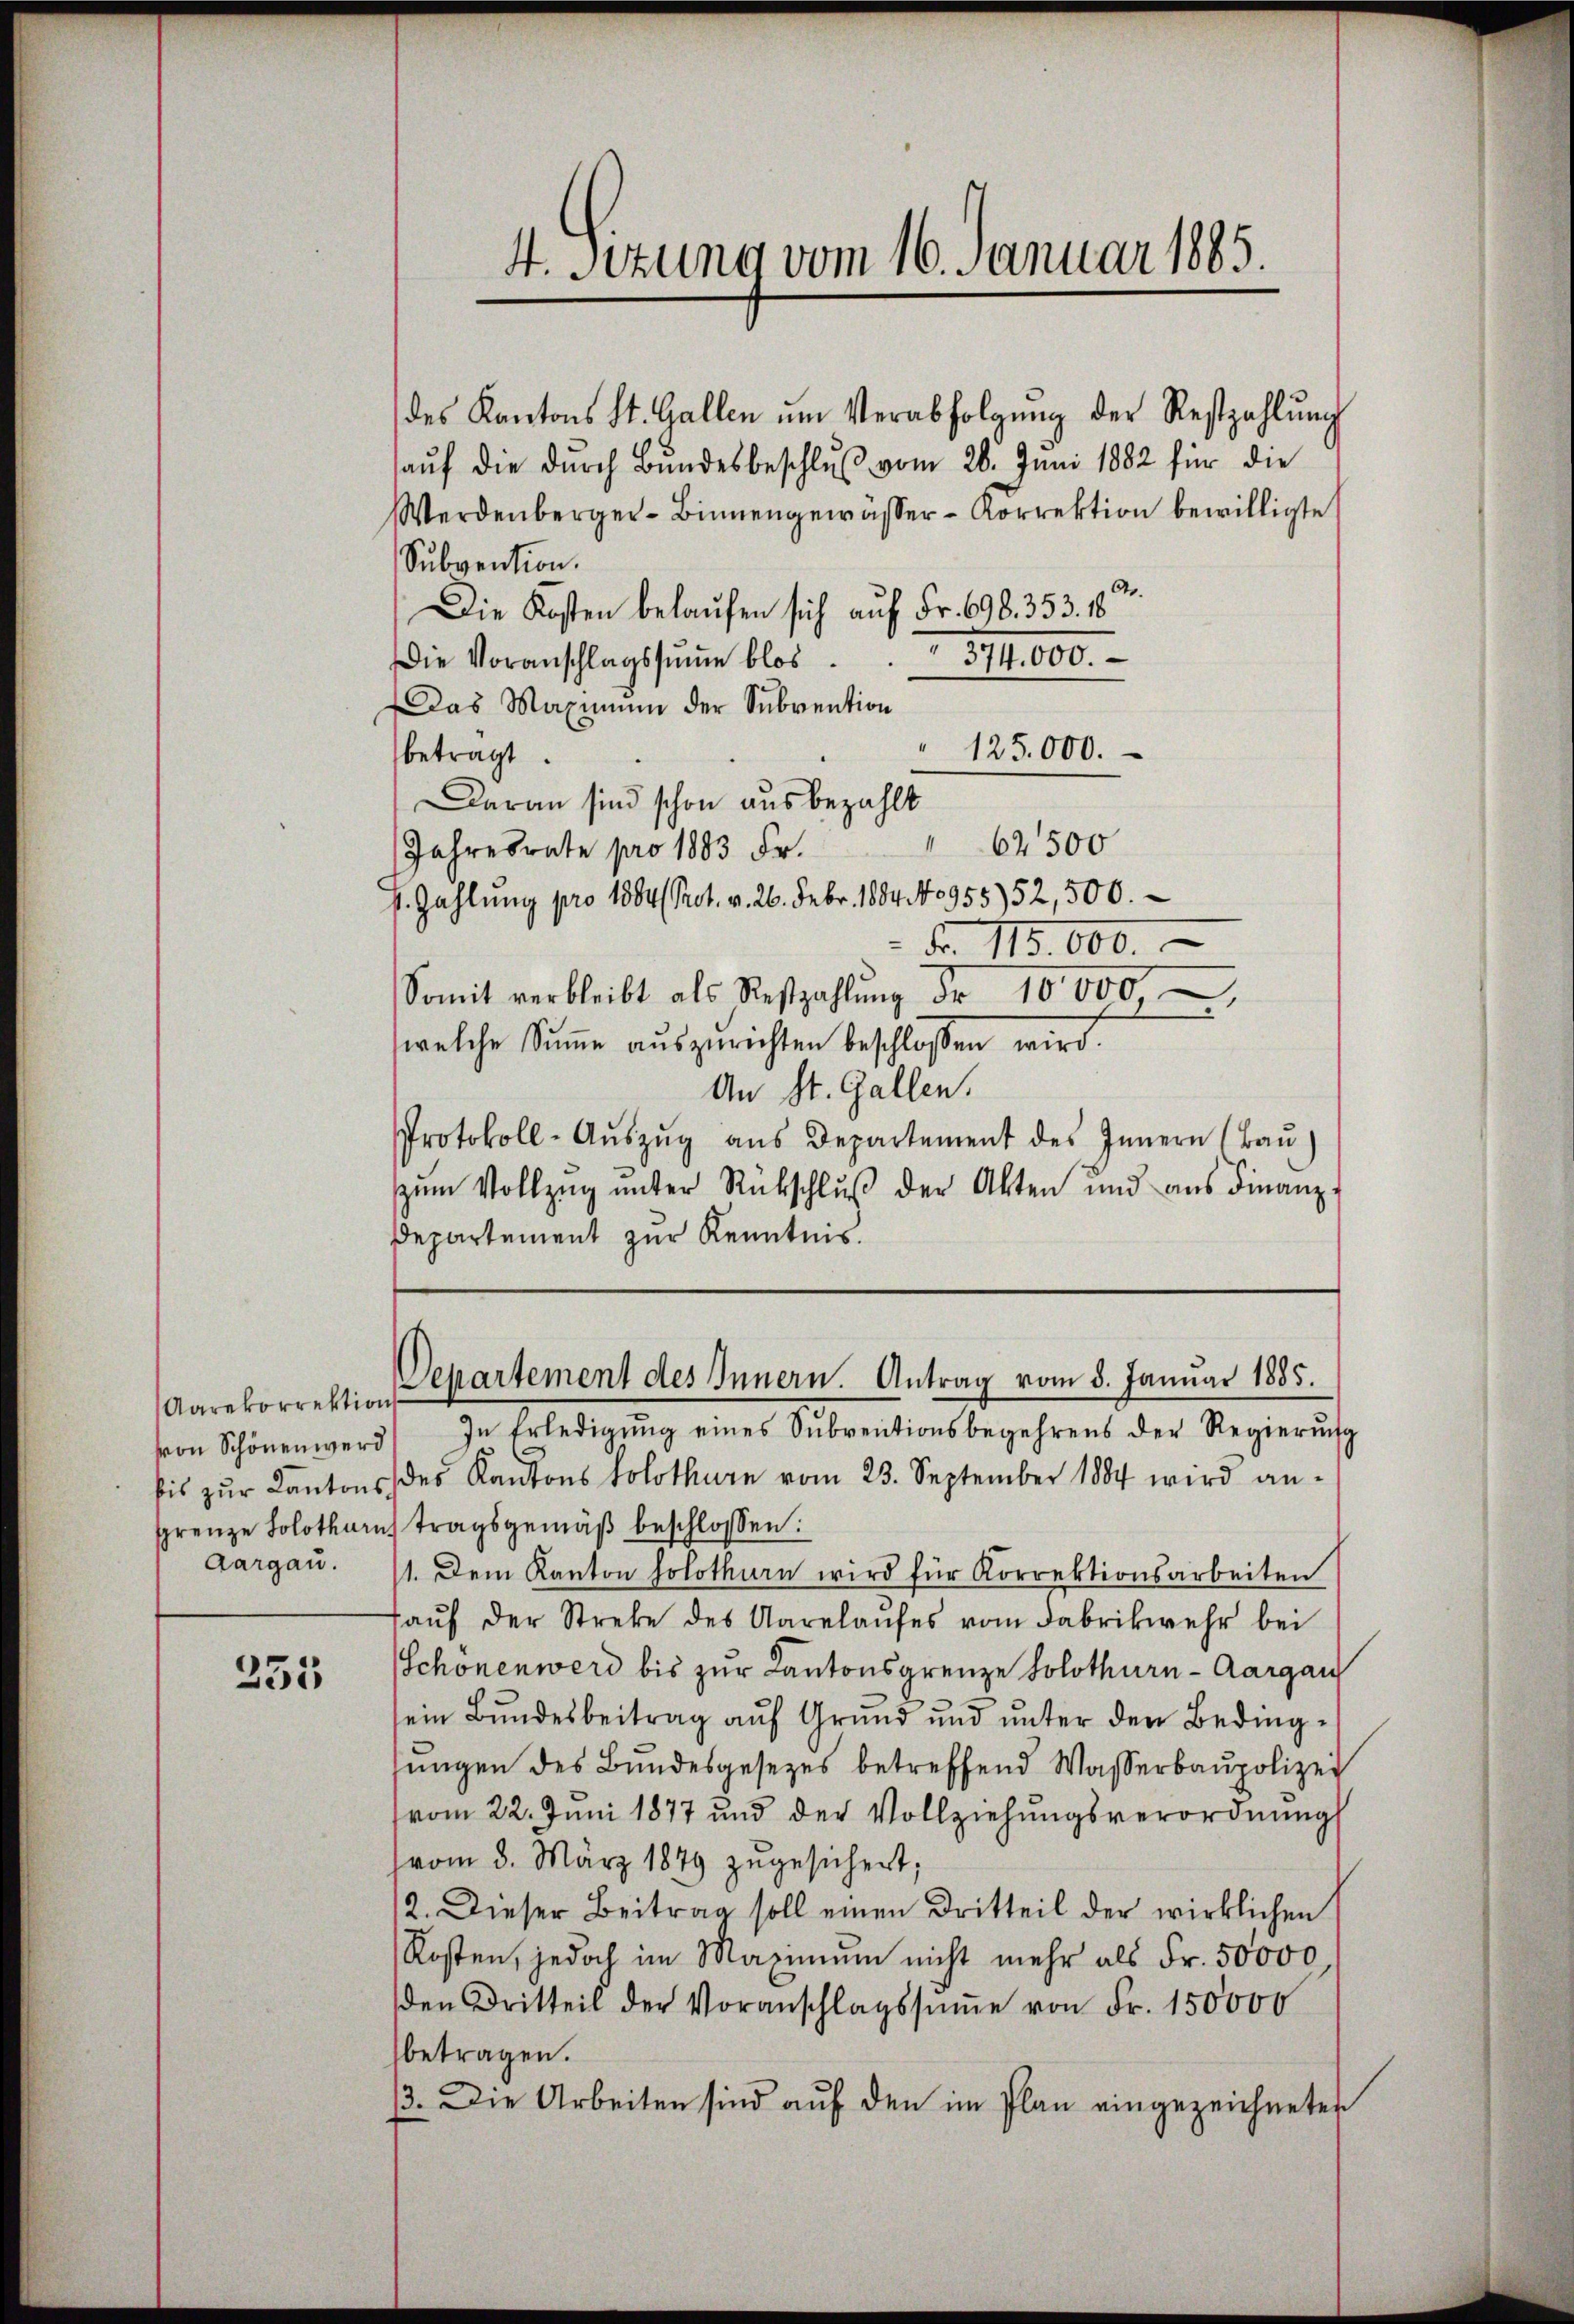
Aarekorrektion
von Schönen werd
grenze Solothurn
Aargau.

235

4. Sizung vom 16. Januar 1885.

des Kantons St. Gallen ŭm Verabfolgŭng der Restzahlŭng
aŭf die dŭrch Bŭndesbeschlŭβ vom 26. Juni 1882 für die
Werdenberger-Binnengewasser-Korrektion bewilligte
Subvention.
Die Kosten belaufen sich auf Fr. 698. 353. 18
Die Voranschlagssŭṁe blos. 374. 600.
Das Maximum der Subvention
" 125.000.
betragt.
Daran sind schon ausbezahlt
II
62500
Jahresrate pro 1883 Fr.
J. Zahlung pro 1884 (Prot. v. 26. Febr. 1884. No 95552, 500.
Fr. 115.000.
Somit verbleibt als Restzahlŭng dr 10,000,
welche Summe auszurichten beschlossen wird.
An St. Gallen.
Protokoll-Aŭszŭg aŭs Departement des Innern (Baŭ
zum Vollzug unter Rückschlŭβ der Akten und aus Finanz-
Departement zur Kenntnis.
Separtement des Innern. Antrag vom 8. Januar 1885.
In Erledigung eines Subventionsbegehrens der Regierŭng
fis zŭr Kantons des Kantons Solothurn vom 23. September 1884 wird an-
tragsgemäß beschlossen:
11. Dem Kanton solothurn wird für Korrektionsarbeiten
aŭf der Streke des Aarelaŭfes vom Fabrikwehr bei
Schönenwerd bis zur Kantonsgrenze Solothurn-Aargau
sein Bundesbeitrag auf Grund und unter den Bedingŭngen des Bundesgesezes betreffend Wasserbaupolizei
vom 22. Juni 1877 und der Vollziehŭngsverordnŭngs
(vom 3. März 1879 zŭgesichert;
12. Dieser Beitrag soll einen Dritteil der wirklichen
Kosten, jedoch im Maximum nicht mehr als Fr. 50000,
den Dritteil der Voranschlagssŭṁe von Fr. 150000
betragen.
3. Die Arbeiten sind aŭf den im Plan eingezeichneten